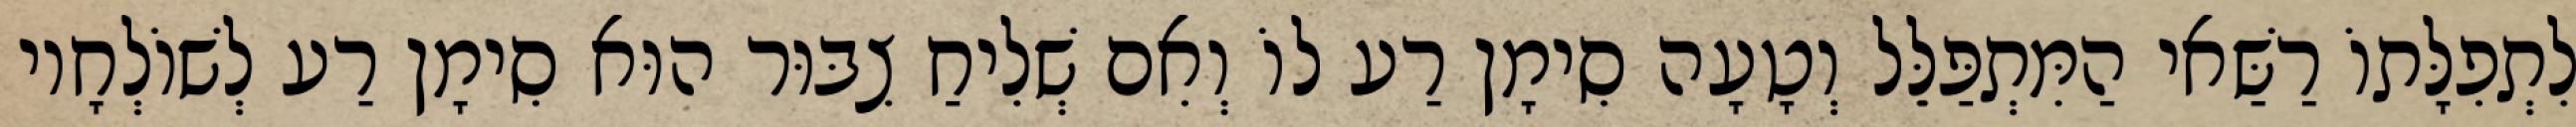
לִתְפִלָּתוֹ רַשַּׁאי הַמִּתְפַּלֵּל וְטָעָה סִימָן רַע לוֹ וְאִם שְׁלִיחַ צִבּוּר הוּא סִימָן רַע לְשׁוֹלְחָיו